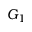
G _ { 1 }